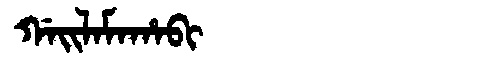
Manchu: ᡤᠠᡳᠯᠠᠮᠠᡥᠠᠪᡳ
Romanization: GAILAMAHABI